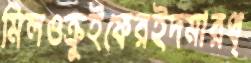
মিলওক্রুইফেরইদমারথ্